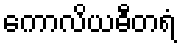
ကောလိယဓီတရံ